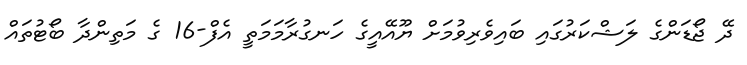
ދޭ ޖޯޑަންގެ ލަޝްކަރުގައި ބައިވެރިވުމަށް ޔޫއޭއީގެ ހަނގުރާމަމަތީ އެފް-16 ގެ މަތިންދާ ބޯޓުތައް